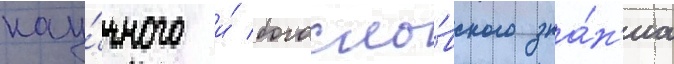
нау́чного и́ богосло́вского зна́н'иа